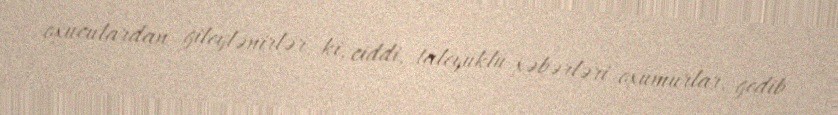
oxuculardan gileylənirlər ki, ciddi, taleyüklü xəbərləri oxumurlar, gedib